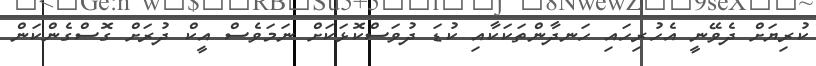
ކުރިޔަށް ދެވޭނީ އެހުރިހައި ހަނދާންތަކަކާއި ކުޑަ ދުވަސްކޮޅަކަށް ނަމަވެސް އީކް ދުރަށް ގޮސްގެންކަން